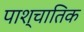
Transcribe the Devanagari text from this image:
पाश्चातिक